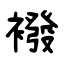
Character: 襏